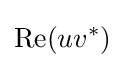
\mathrm {Re} (uv^{*})